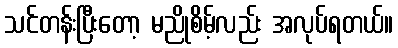
သင်တန်းပြီးတော့ မညိုစိမ့်လည်း အလုပ်ရတယ်။